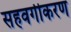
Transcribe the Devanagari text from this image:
सहवर्गीकरण